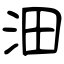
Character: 沺